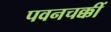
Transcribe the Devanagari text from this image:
पवनचक्कीं